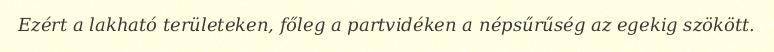
Ezért a lakható területeken, főleg a partvidéken a népsűrűség az egekig szökött.